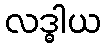
လဒ္ဓါယ